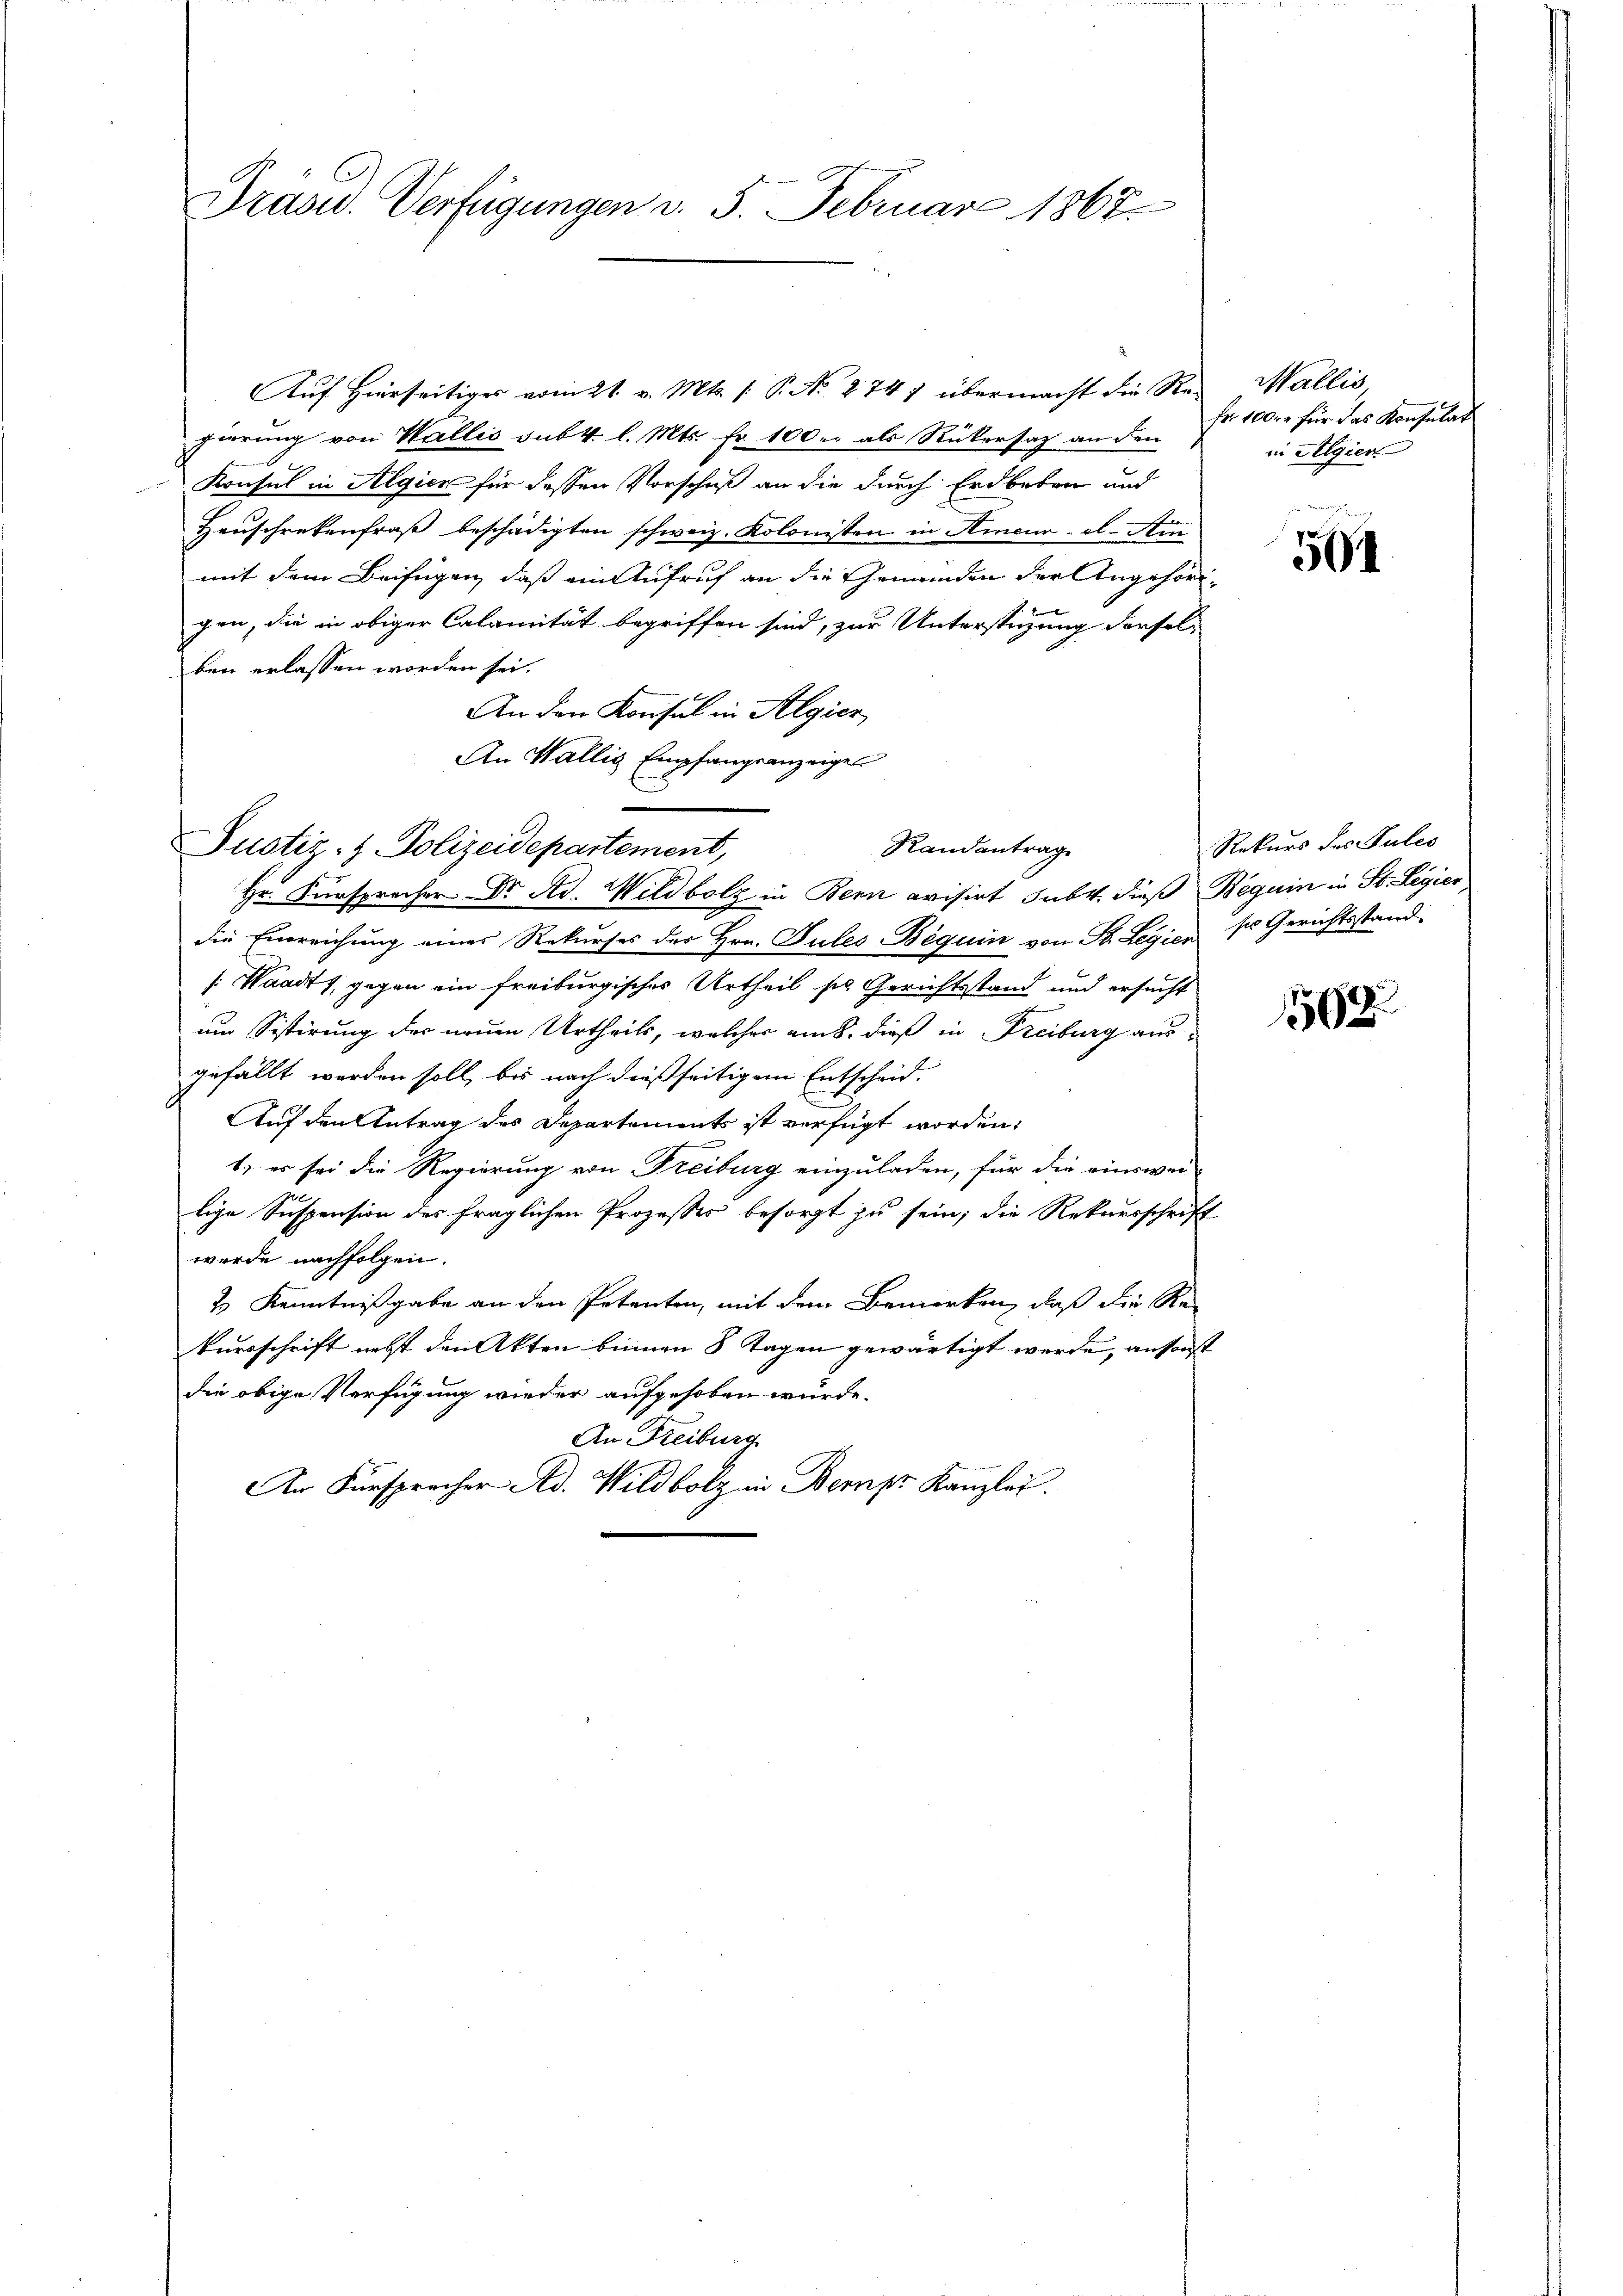
Präsid. Verfügungen v. 5. Februar 1867.

Auf Hierseitiges vom 21. v. Mts. (: P. No. 274) übermacht die Regierung von Wallis sub 4 l. Mts. fr. 100. als Rückersaz an den
Konsul in Algien für dessen Vorschuß an die durch Erdbeben und
Hauschrebenfraß beschädigten schweiz. Kolonisten in Hineure. Ain
mit dem Beifügen, daß ein Aufruf an die Gemeinden der Angehöri-
gen, die in obiger Calanität begriffen sind, zur Unterstüzung dersel-
ben erlassen worden sei.
An den Konsul in Algier
An Wallis Empfangsanzeigen
Hr. Fürsprocher Dr. Ad. Wildbolz in Bern evisirt subt. dieß Beguin in St. Legier
die Einreichung eines Rekurses der Hrn. Tules Beguin von St. Legien so Gerichtsstand-
[: Waadt, gegen ein freiburgisches Urtheil so Gerichtsstand und ersucht
um Sistirung der neuen Urtheils, welcher am 8. dieß in Freiburg aus-
gefällt werden soll, bis nach dießseitigem Entscheid.
Auf den Antrag des Departements ist verfügt worden:
1.) es sei die Regierung von Freiburg einzuladen, für die einswei-
lige Suspension des fraglichen Prozesses besorgt zu sein; die Rekursschrift
wurde nachfolgen.
2 Kenntnißgabe an den Petenten, mit dem Bemerken, daß die Re
kursschrift nebst den Akten binnen 8 Tagen gewärtigt werde, ansonst
die obige Verfügung wieder aufgehoben würde.
An Freiburg
An Fürspracher Ad. Wildbolz in Bernpr Kanzlei.

Randantrag
Justiz- & Polizeidepartement,

Wallis
fr. 100. r für das Konsulat
in Algier

504

Rekurs des Pules

162